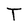
Character: T